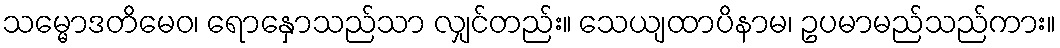
သမ္မောဒတိမေဝ၊ ရောနှောသည်သာ လျှင်တည်း။ သေယျထာပိနာမ၊ ဥပမာမည်သည်ကား။